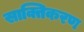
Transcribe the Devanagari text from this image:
साक्तिकरण